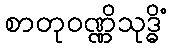
စာတုဝဏ္ဏိသုဒ္ဓိံ